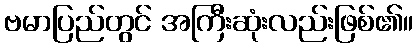
ဗမာပြည်တွင် အကြီးဆုံးလည်းဖြစ်၏။